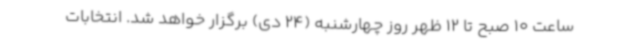
ساعت 10 صبح تا 12 ظهر روز چهارشنبه (24 دی) برگزار خواهد شد. انتخابات